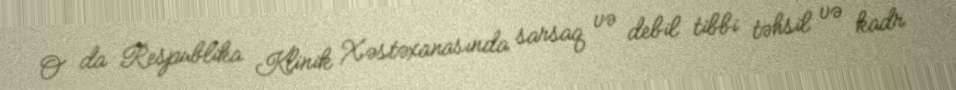
O da Respublika Klinik Xəstəxanasında sarsaq və debil tibbi təhsil və kadr